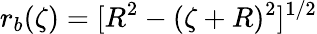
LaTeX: r_{b}(\zeta)=[R^{2}-(\zeta+R)^{2}]^{1/2}